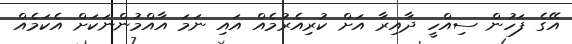
އޭގެ ފަހުން ސިއްހީ ދާއިރާ އަށް ކުރިއެރުމެއް އައި ނަމަ އާއްމުންނަކަށް އެކަމެއް